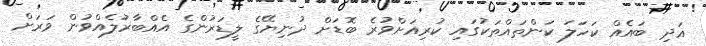
އަދި ބައެއް ކަހަލަ ކަންތައްތަކުގައި ކުރިއަށްވުރެ ބޮޑަށް ދުނިޔޭގެ ލީޑަރުންގެ އެއްބާރުލެއްވުން ވަރަށް